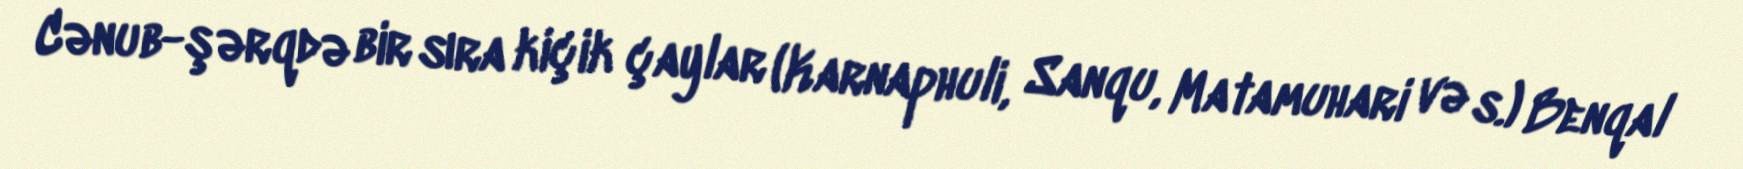
Cənub-şərqdə bir sıra kiçik çaylar (Karnaphuli, Sanqu, Matamuhari və s.) Benqal